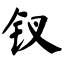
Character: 钗